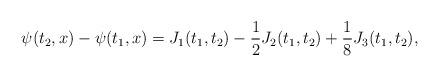
LaTeX: \begin{align*}\psi(t_2,x)-\psi(t_1,x) &= J_1(t_1,t_2)-\frac{1}{2} J_2(t_1,t_2)+\frac{1}{8} J_3(t_1,t_2),\end{align*}